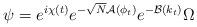
LaTeX: \begin{align*}\psi_{} = e^{i\chi (t)}e^{-\sqrt{N}\mathcal{A}(\phi_t)}e^{-\mathcal{B}(k_t)}\Omega \end{align*}